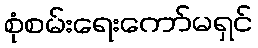
စုံစမ်းရေးကော်မရှင်